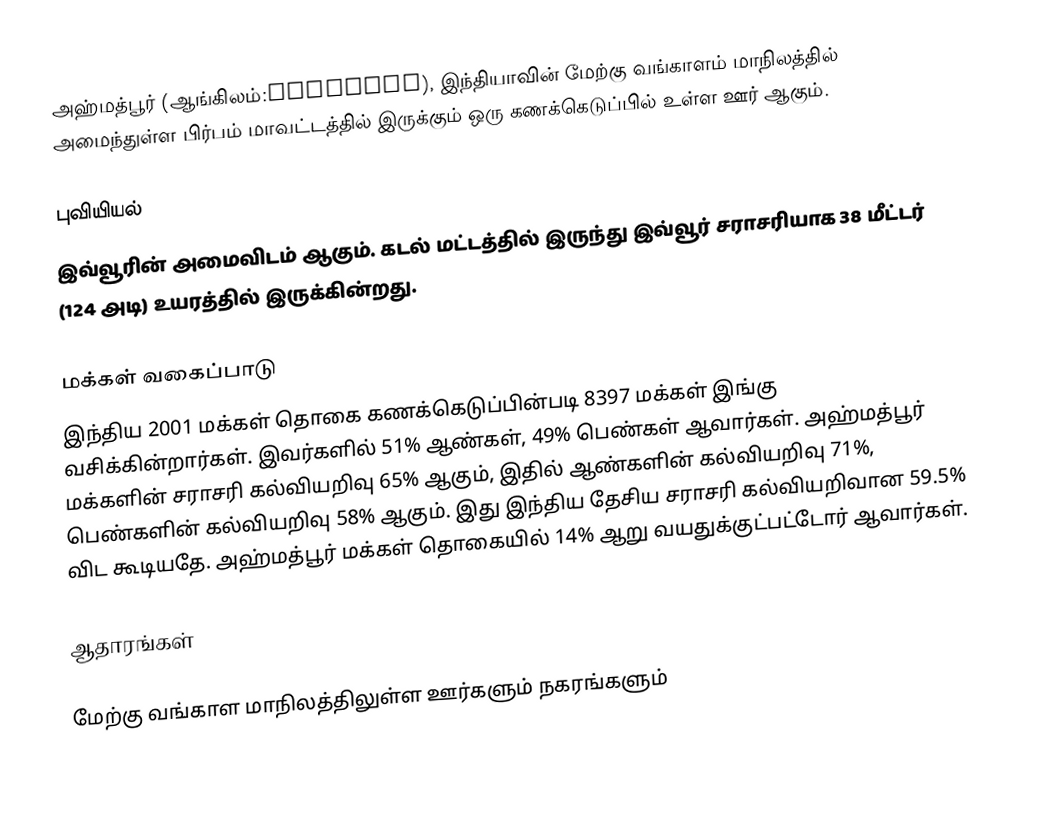
அஹ்மத்பூர் (ஆங்கிலம்:Ahmedpur), இந்தியாவின் மேற்கு வங்காளம் மாநிலத்தில் அமைந்துள்ள பிர்பம் மாவட்டத்தில் இருக்கும் ஒரு கணக்கெடுப்பில் உள்ள ஊர்  ஆகும்.

புவியியல்
இவ்வூரின் அமைவிடம்  ஆகும். கடல் மட்டத்தில் இருந்து இவ்வூர் சராசரியாக 38 மீட்டர் (124 அடி) உயரத்தில் இருக்கின்றது.

மக்கள் வகைப்பாடு
இந்திய 2001 மக்கள் தொகை கணக்கெடுப்பின்படி 8397 மக்கள் இங்கு வசிக்கின்றார்கள். இவர்களில் 51% ஆண்கள், 49% பெண்கள் ஆவார்கள். அஹ்மத்பூர் மக்களின் சராசரி கல்வியறிவு 65% ஆகும்,  இதில் ஆண்களின் கல்வியறிவு 71%,  பெண்களின் கல்வியறிவு 58% ஆகும். இது இந்திய தேசிய சராசரி கல்வியறிவான 59.5% விட கூடியதே. அஹ்மத்பூர் மக்கள் தொகையில் 14%  ஆறு வயதுக்குட்பட்டோர் ஆவார்கள்.

ஆதாரங்கள்

மேற்கு வங்காள மாநிலத்திலுள்ள ஊர்களும் நகரங்களும்